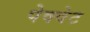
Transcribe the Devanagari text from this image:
पेक्वेट